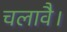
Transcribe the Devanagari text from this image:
चलावै।